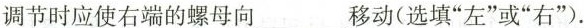
调节时应使右端的螺母向 ___ 移动 ( 选填”左”或”右” ).